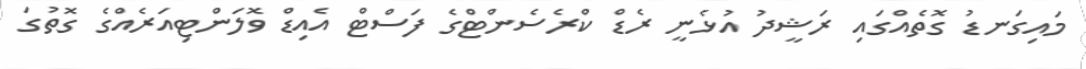
މައިގަނޑު ގޮތެއްގައި ރަޝީދު އުޅެނީ ރެޑް ކްރެސެންޓްގެ ފަސްޓް އެއިޑް ވޮލަންޓިއަރެއްގެ ގޮތުގަ